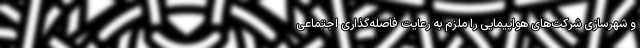
و شهرسازی شرکت‌های هواپیمایی را ملزم به رعایت فاصله‌گذاری اجتماعی